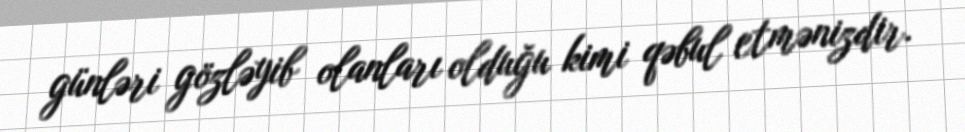
günləri gözləyib olanları olduğu kimi qəbul etmənizdir.